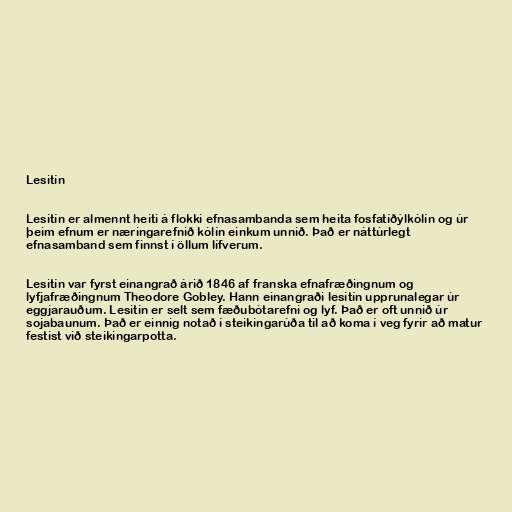
Lesitín

Lesitín er almennt heiti á flokki efnasambanda sem heita fosfatíðýlkólín og úr
þeim efnum er næringarefnið kólín einkum unnið. Það er náttúrlegt
efnasamband sem finnst í öllum lífverum.

Lesitín var fyrst einangrað árið 1846 af franska efnafræðingnum og
lyfjafræðingnum Theodore Gobley. Hann einangraði lesitín upprunalegar úr
eggjarauðum. Lesitín er selt sem fæðubótarefni og lyf. Það er oft unnið úr
sojabaunum. Það er einnig notað í steikingarúða til að koma í veg fyrir að matur
festist við steikingarpotta.